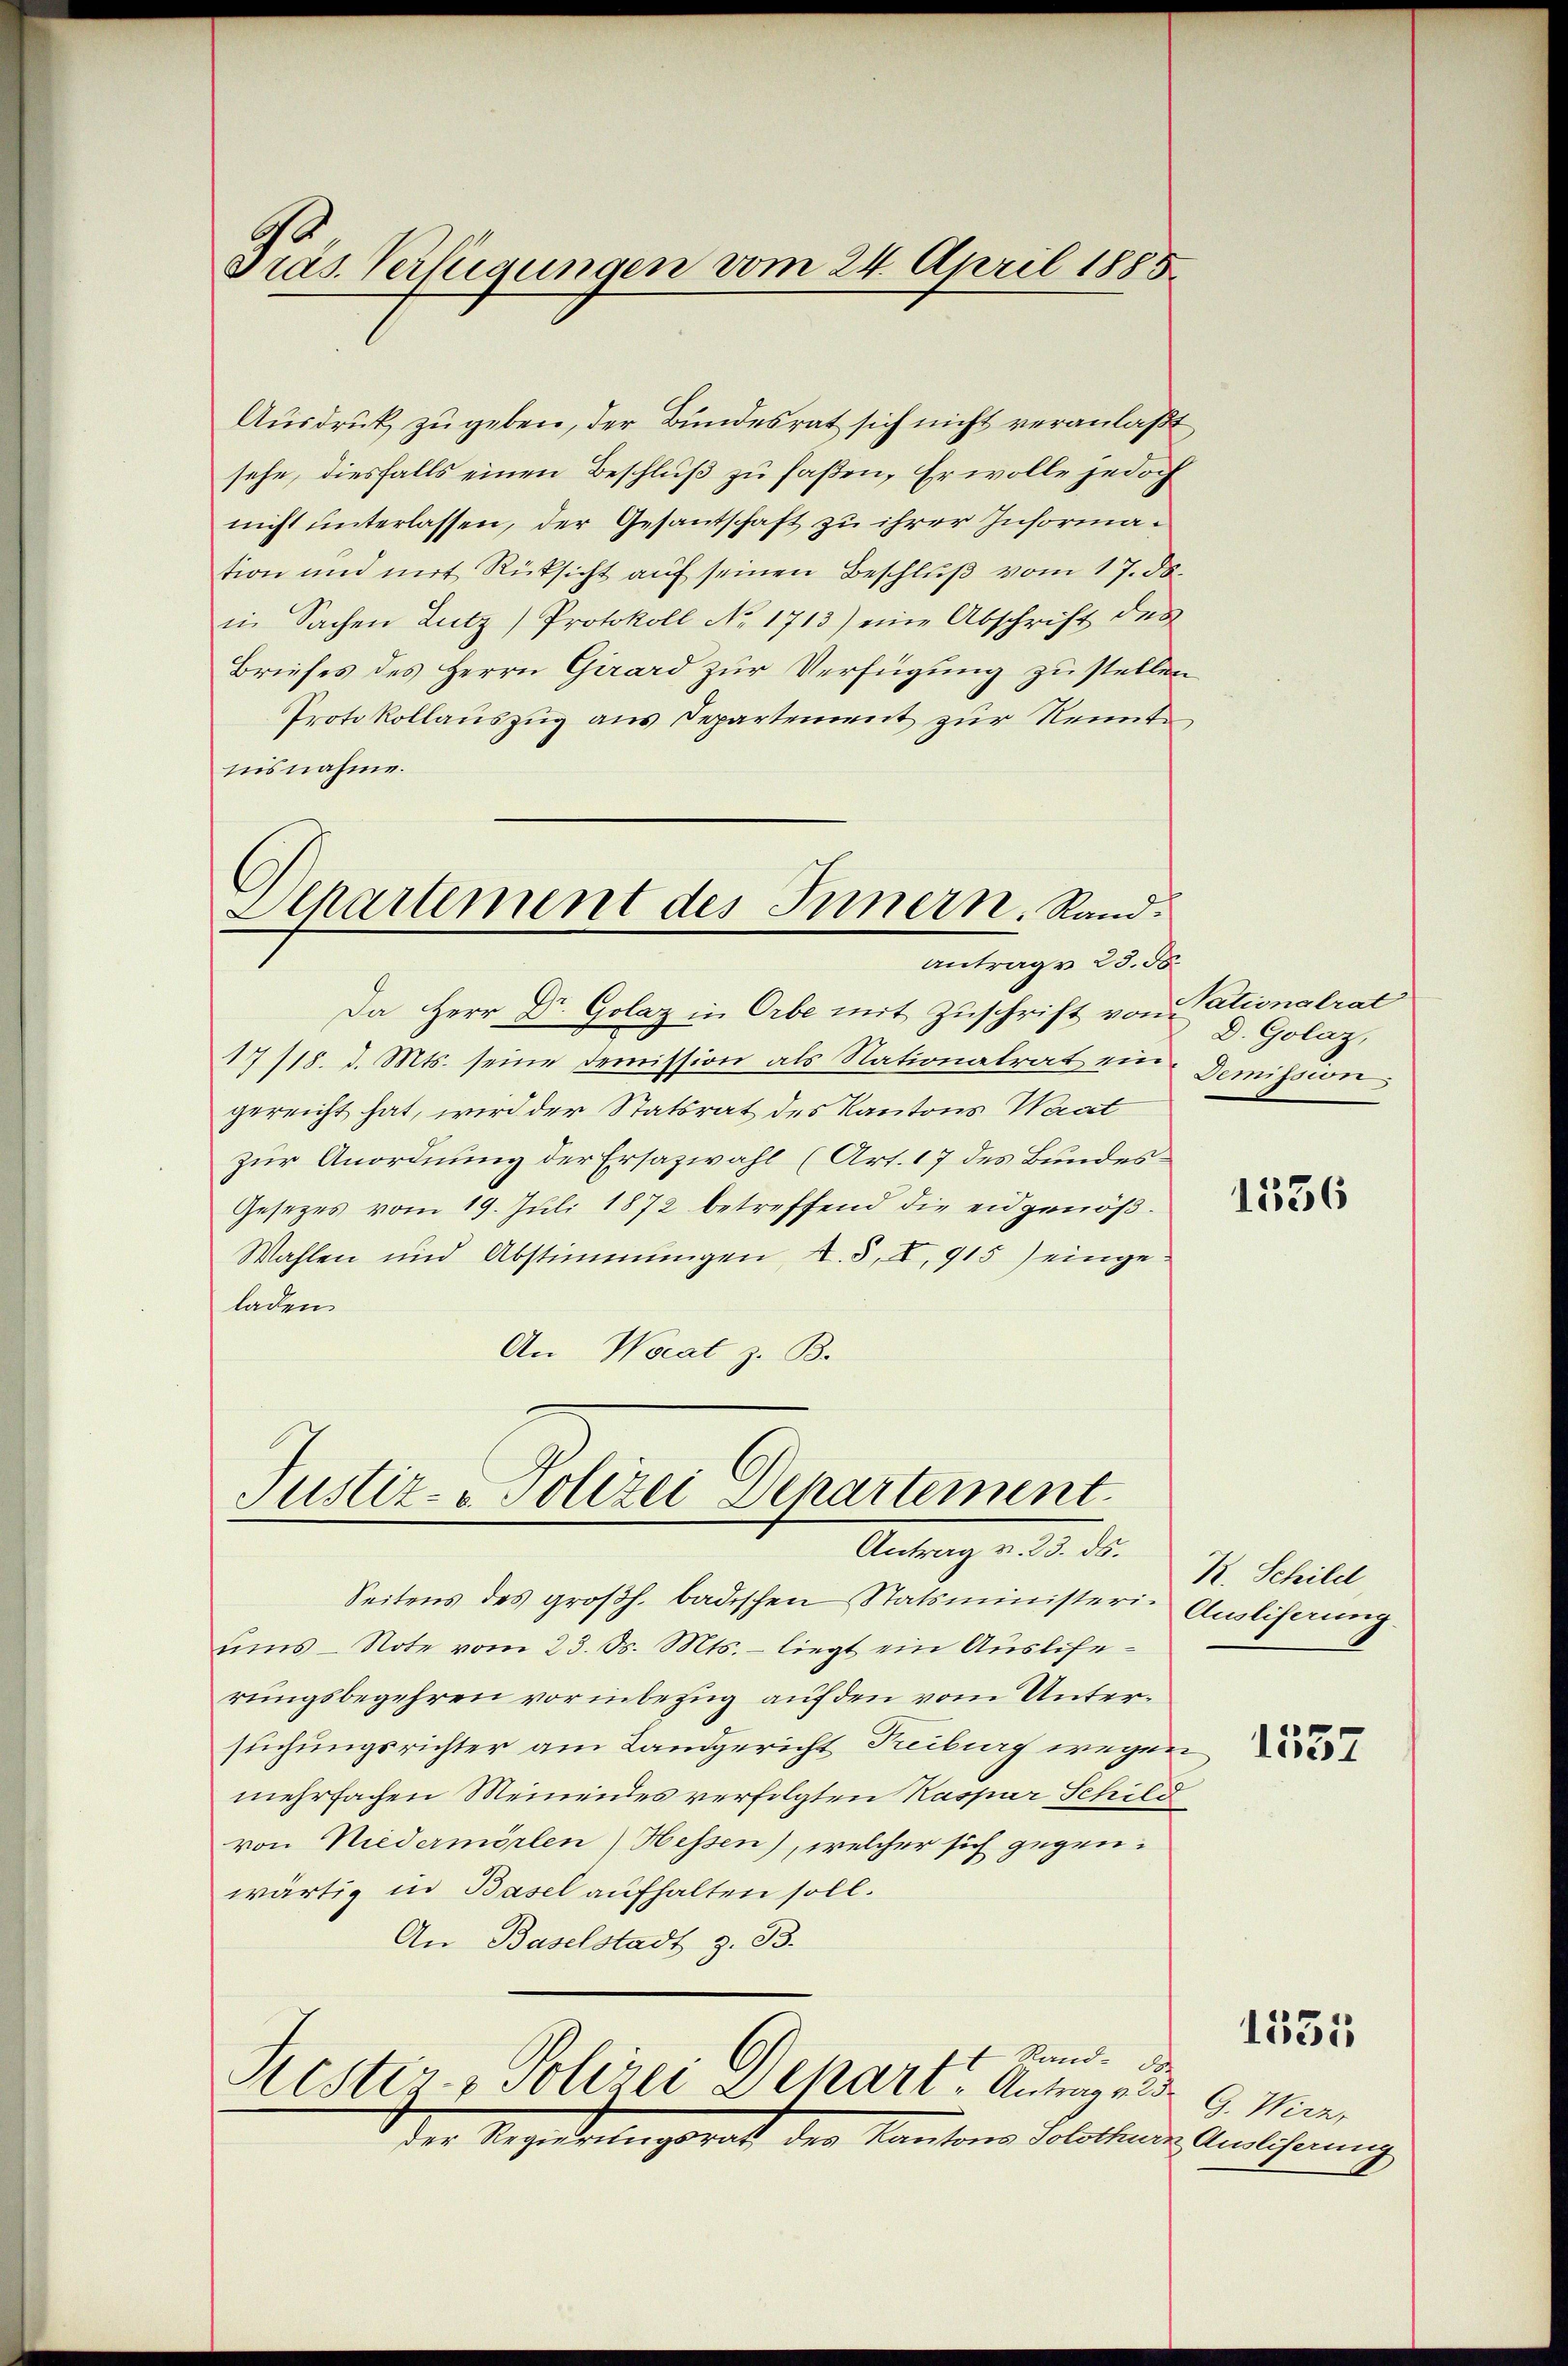
Ausdruck zu geben, der Bundesrat sich nicht veranlaßt
sehe, diesfalls einen Beschluß zu faßen, Er wolle jedoch
nicht unterlassen, der Gesantschaft zu ihrer Information und mit Rücksicht auf seinen Beschluß vom 17. ds.
in Sachen Lutz) Protokoll No 1713) eine Abschrift des
Briefes des Herrn Girard zur Verfügung zu stellen
Protokollauszug aus Departement zur Kenntnisnahme.

Da Herr Dr. Golaz in Orbe mit Zuschrift von Pationalrat
17/18. d. Mts. seine Demission als Nationalrat ein Demission
gereicht hat, wird der Statsrat des Kantons Waat
zur Anordnung der Ersazwahl (Art. 17 des Bundes¬
Gesezes vom 19. Juli 1872 betreffend die eidgenöß¬
Wahlen und Abstimmungen, A. S. I, 915) eingeladen.
An Worat z. B.

Präs. Verfügungen vom 24. April 1885.

Separtement des Innern. Rand
Antrage 23. 58.

Justiz- & Polizei Departement.
Antrag v. 23. ds.

Seitens des großh. badischen Statsministeri- Ausliferung.
ums- Note vom 23. d. Mts. - liegt ein Auslierungsbegehren vor inbezug auf den vom Untersuchungsrichter am Landgericht Treiburg wegen
mehrfachen Meineides verfolgten Kaspar Schild
von Niedermörlen Hessen), welcher sich gegenwärtig in Basel aufhalten soll.
An Baselstadt z. B.

der Regierungsrat

Rand de
Restir- Polizei Schart - Antrage de G. Wirz,
 der Kantons Solothurn Auslieferung

D. Golaz,

1336

R. Schild

1557

1535